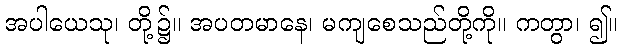
အပါယေသု၊ တို့၌။ အပတမာနေ၊ မကျစေသည်တို့ကို။ ကတွာ၊ ၍။